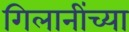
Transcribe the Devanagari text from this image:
गिलानींच्या